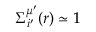
\Sigma _ { i ^ { \prime } } ^ { \mu ^ { \prime } } ( r ) \simeq 1